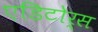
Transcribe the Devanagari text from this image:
एडिटोर्स